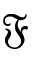
\mathfrak { F }